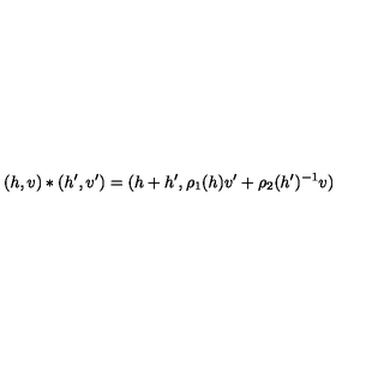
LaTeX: ( h , v ) \ast ( h ^ { \prime } , v ^ { \prime } ) = ( h + h ^ { \prime } , \rho _ { 1 } ( h ) v ^ { \prime } + \rho _ { 2 } ( h ^ { \prime } ) ^ { - 1 } v )